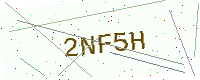
Text: 2NF5H